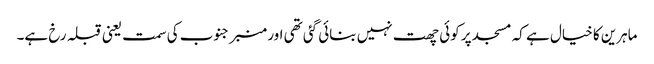
ماہرین کا خیال ہے کہ مسجد پر کوئی چھت نہیں بنائی گئی تھی اور منبر جنوب کی سمت یعنی قبلہ رخ ہے۔